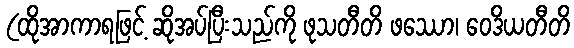
(ထိုအာကာရဖြင့် ဆိုအပ်ပြီးသည်ကို ဖုသတီတိ ဖဿော၊ ဝေဒိယတီတိ